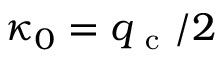
\kappa _ { 0 } = q _ { \mathrm { ~ c ~ } } / 2